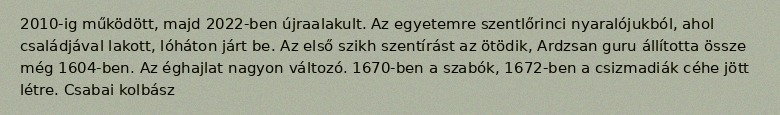
2010-ig működött, majd 2022-ben újraalakult. Az egyetemre szentlőrinci nyaralójukból, ahol családjával lakott, lóháton járt be. Az első szikh szentírást az ötödik, Ardzsan guru állította össze még 1604-ben. Az éghajlat nagyon változó. 1670-ben a szabók, 1672-ben a csizmadiák céhe jött létre. Csabai kolbász